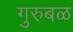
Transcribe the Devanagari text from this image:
गुरुबळ